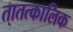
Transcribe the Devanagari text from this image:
तातत्कालिक